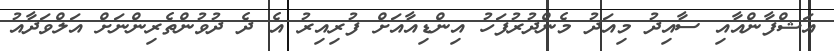
އަޝްފާންއާއި ސާއިދު މިއަދު މެންދުރުފަހު އިންޑިއާއަށް ފުރިއިރު އެ ދެ ދުވުންތެރިންނަށް އަލްވަދާއު